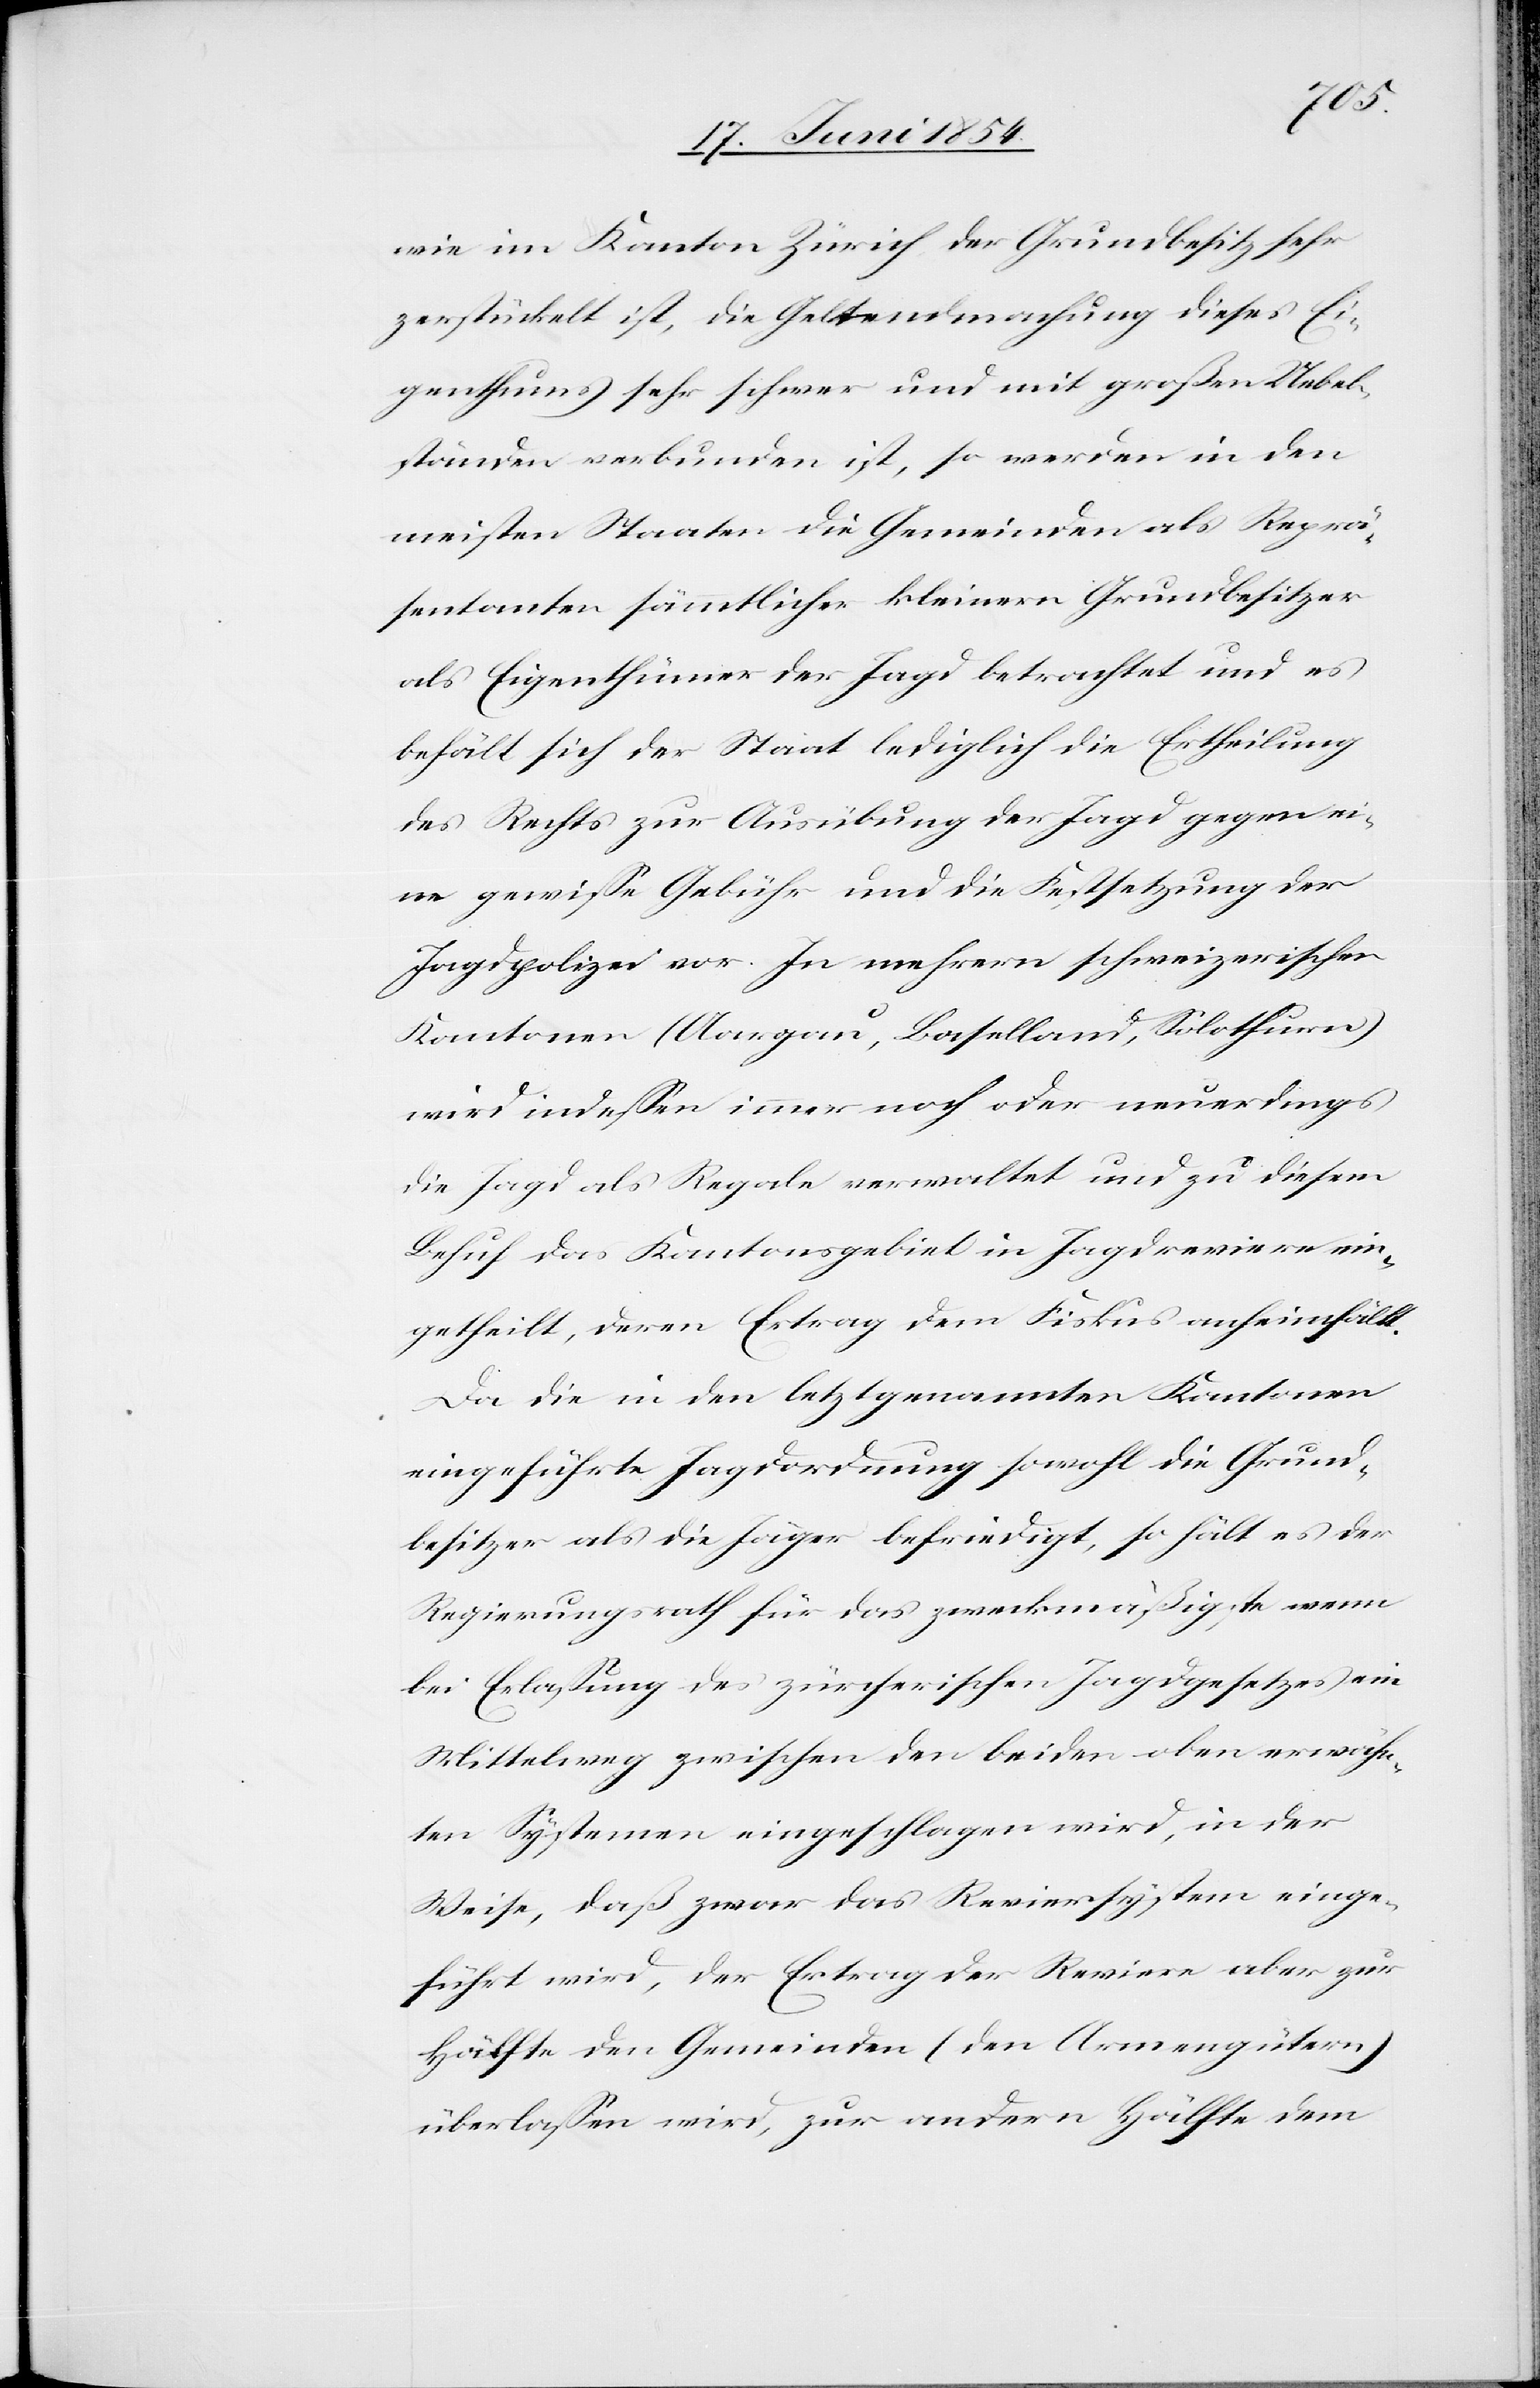
wie im Kanton Zürich der Grundbesitz sehr
zerstückelt ist, die Geltendmachung dieses Ei¬
genthums sehr schwer und mit großen Uebel¬
ständen verbunden ist, so werden in den
meisten Staaten die Gemeinden als Reprä¬
sentanten sämmtlicher kleinern Grundbesitzer
als Eigenthümer der Jagd betrachtet und es
behält sich der Staat lediglich die Ertheilung
des Rechts zur Ausübung der Jagd gegen ei¬
ne gewiße Gebühr und die Festsetzung der
Jagdpolizei vor. In mehrern schweizerischen
Kantonen (Aargau, Baselland, Solothurn)
wird indeßen immer noch oder neuerdings
die Jagd als Regale verwaltet und zu diesem
Behuf das Kantonsgebiet in Jagdreviere ein¬
getheilt, deren Ertrag dem Fiskus anheimfällt.
Da die in den letztgenannten Kantonen
eingeführte Jagdordnung sowohl die Grund¬
besitzer als die Jäger befriedigt, so hält es der
Regierungsrath für das zweckmäßigste wenn
bei Erlaßung des zürcherischen Jagdgesetzes ein
Mittelweg zwischen den beiden oben erwähn¬
ten Systemen eingeschlagen wird, in der
Weise, daß zwar das Reviersystem einge¬
führt wird, der Ertrag der Reviere aber zur
Hälfte den Gemeinden (den Armengütern)
überlaßen wird, zur andern Hälfte dem